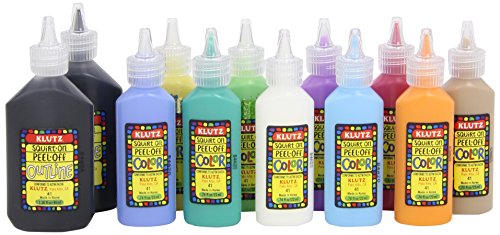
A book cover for Window Art Deluxe Refill Set; Children's Books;